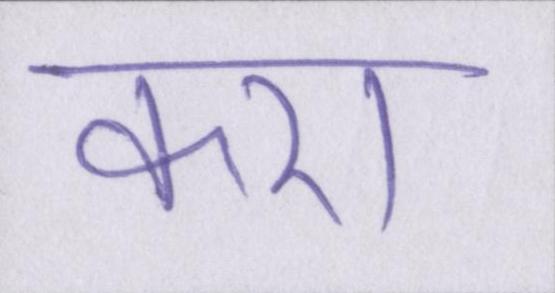
करा